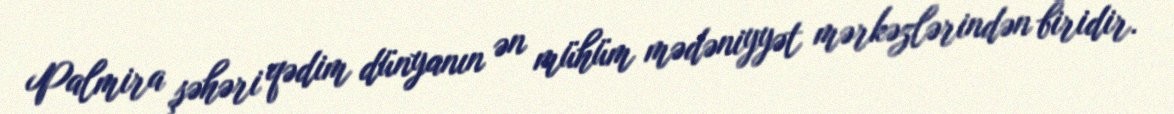
Palmira şəhəri qədim dünyanın ən mühüm mədəniyyət mərkəzlərindən biridir.